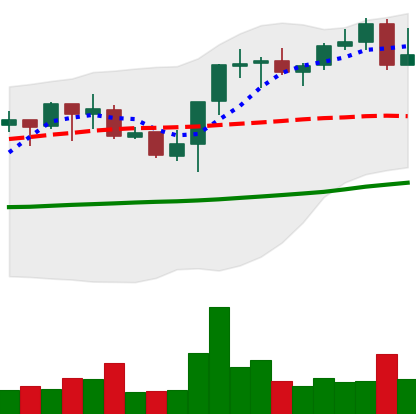
Ticker: BNB-USD
Chart end date: 2021-10-22
Forward return: -6.192%
Label: down_5_7